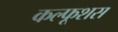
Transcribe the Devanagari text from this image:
कल्फूशस